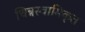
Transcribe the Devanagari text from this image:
चिन्नस्वामिकृत